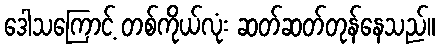
ဒေါသကြောင့် တစ်ကိုယ်လုံး ဆတ်ဆတ်တုန်နေသည်။